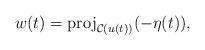
LaTeX: \begin{align*} w(t) = \mbox{proj}_{\mathcal{C}(u(t))} (-\eta(t)),\end{align*}